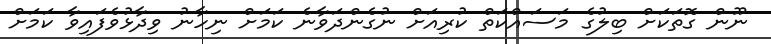
ނޫން ގޮތަކަށް ބިލުގެ މަސައްކަތް ކުރިއަށް ނުގެންދަވާނެ ކަމަށް ނިހާނު ވިދާޅުވެފައިވާ ކަމަށް